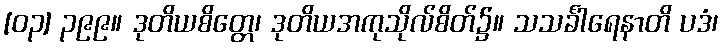
[၀၃] ၃၉၉။ ဒုတိယစိတ္တေ၊ ဒုတိယအကုသိုလ်စိတ်၌။ သသင်္ခါရေနာတိ ပဒံ၊